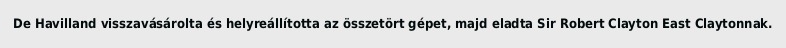
De Havilland visszavásárolta és helyreállította az összetört gépet, majd eladta Sir Robert Clayton East Claytonnak.